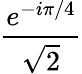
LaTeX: \frac{e^{-i\pi/4}}{\sqrt{2}}